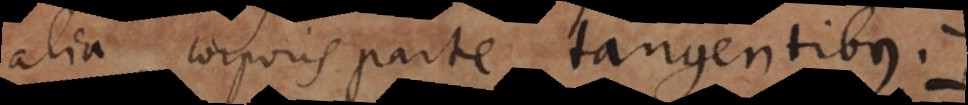
alia corporis parte tangentibus.